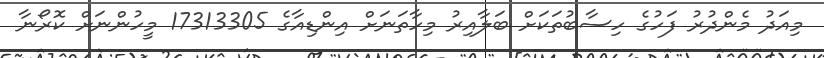
މިއަދު މެންދުރު ފަހުގެ ހިސާބުތަކަށް ބަލާއިރު މިހާތަނަށް އިންޑިއާގެ 17313305 މީހުންނަށް ކޮރޯނާ